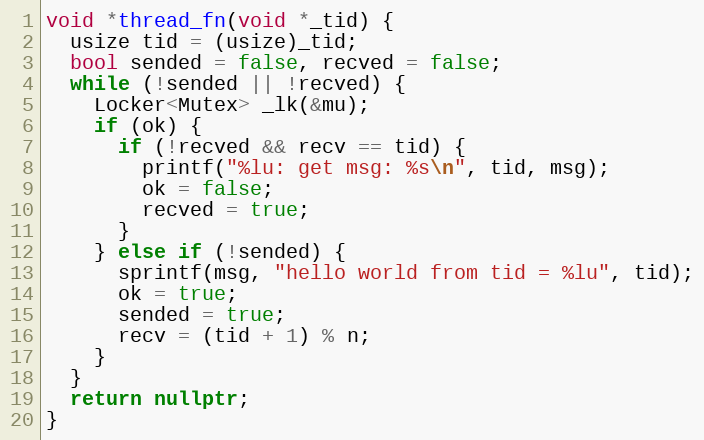
Language: C++
void *thread_fn(void *_tid) {
  usize tid = (usize)_tid;
  bool sended = false, recved = false;
  while (!sended || !recved) {
    Locker<Mutex> _lk(&mu);
    if (ok) {
      if (!recved && recv == tid) {
        printf("%lu: get msg: %s\n", tid, msg);
        ok = false;
        recved = true;
      }
    } else if (!sended) {
      sprintf(msg, "hello world from tid = %lu", tid);
      ok = true;
      sended = true;
      recv = (tid + 1) % n;
    }
  }
  return nullptr;
}